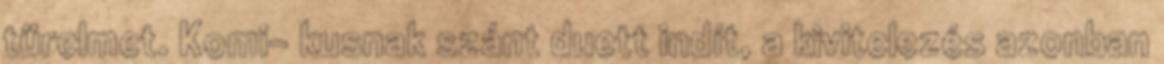
türelmet. Komi- kusnak szánt duett indít, a kivitelezés azonban